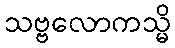
သဗ္ဗလောကသ္မိ